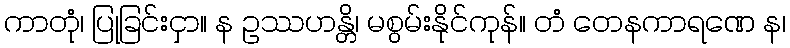
ကာတုံ၊ ပြုခြင်းငှာ။ န ဥဿဟန္တိ၊ မစွမ်းနိုင်ကုန်။ တံ တေနကာရဏေ န၊